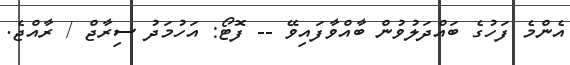
އެންމެ ފަހުގެ ބައްދަލުވުން ބާއްވާފައިވޭ -- ފޮޓޯ: އަހުމަދު ސިރާޖް / ރާއްޖެ.